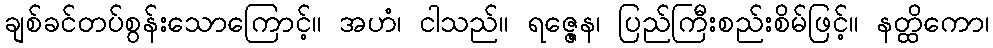
ချစ်ခင်တပ်စွန်းသောကြောင့်။ အဟံ၊ ငါသည်။ ရဇ္ဇေန၊ ပြည်ကြီးစည်းစိမ်ဖြင့်။ နတ္ထိကော၊